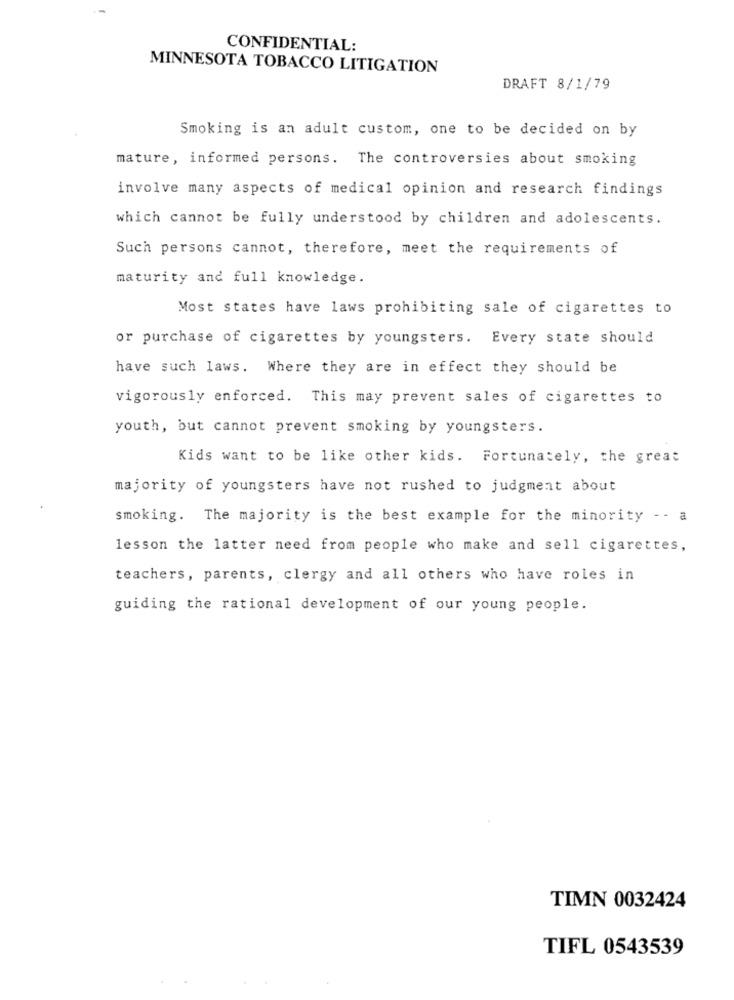
CONFIDENTIAL:
MINNESOTA TOBACCO LITIGATION
DRAFT 8/1/79
Smoking is an adult custom, one to be decided on by
mature, informed persons. The controversies about smoking
involve many aspects of medical opinion and research findings
which cannot be fully understood by children and adolescents.
Such persons cannot, therefore, meet the requirements of
maturity and full knowledge.
Most states have laws prohibiting sale of cigarettes to
or purchase of cigarettes by youngsters. Every state should
have such laws. Where they are in effect they should be
vigorously enforced. This may prevent sales of cigarettes to
youth, but cannot prevent smoking by youngsters.
Kids want to be like other kids. Fortunately, the great
majority of youngsters have not rushed to judgment about
smoking. The majority is the best example for the minority - - a
lesson the latter need from people who make and sell cigarettes,
teachers, parents, clergy and all others who have roles in
guiding the rational development of our young people.
TIMN 0032424
TIFL 0543539